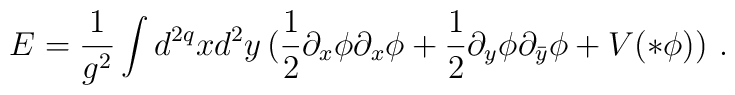
E=\frac{1}{g^2}\int d^{2q} x  d^2 y\, (\frac{1}{2}\partial_x\phi\partial_x\phi +\frac{1}{2}\partial_y\phi\partial_{\bar y}\phi + V(* \phi))\,\,.